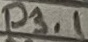
Text: P3.1